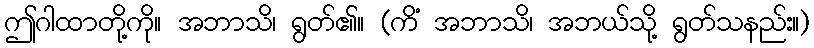
ဤဂါထာတို့ကို။ အဘာသိ၊ ရွတ်၏။ (ကိံ အဘာသိ၊ အဘယ်သို့ ရွတ်သနည်း။)